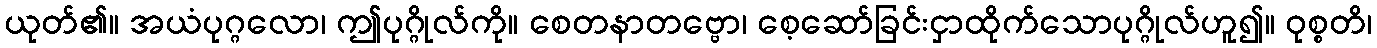
ယုတ်၏။ အယံပုဂ္ဂလော၊ ဤပုဂ္ဂိုလ်ကို။ စေတနာတဗ္ဗော၊ စေ့ဆော်ခြင်းငှာထိုက်သောပုဂ္ဂိုလ်ဟူ၍။ ဝုစ္စတိ၊